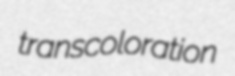
transcoloration